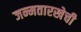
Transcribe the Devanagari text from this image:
जन्मतारखेची